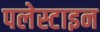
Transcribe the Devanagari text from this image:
पलेस्टाइन